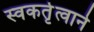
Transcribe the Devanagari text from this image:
स्वकर्तृत्वाने